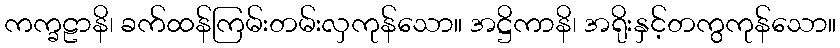
ကက္ခဠာနိ၊ ခက်ထန်ကြမ်းတမ်းလှကုန်သော။ အဋ္ဌိကာနိ၊ အရိုးနှင့်တကွကုန်သော။